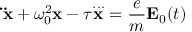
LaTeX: \mathbf { \ddot { x } } + \omega _ { 0 } ^ { 2 } \mathbf { x } - \tau \mathbf { \overset { . . . } { x } } = { \frac { e } { m } } \mathbf { E } _ { 0 } ( t )